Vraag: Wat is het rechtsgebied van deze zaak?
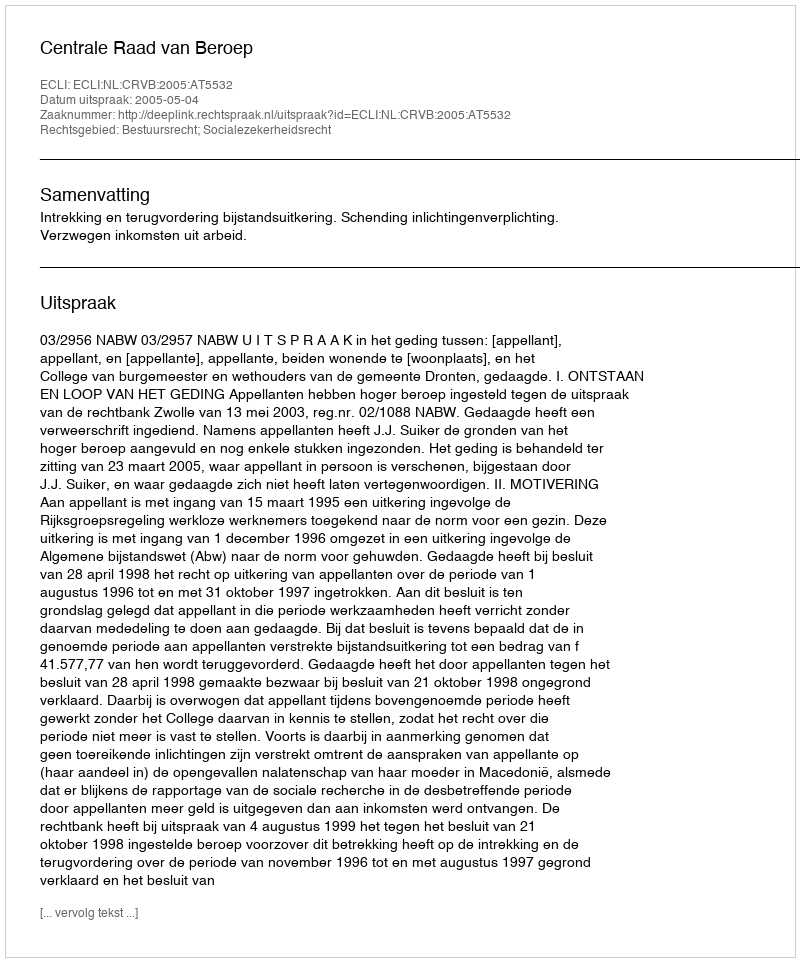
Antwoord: Bestuursrecht; Socialezekerheidsrecht